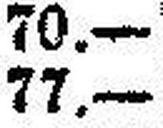
77.—